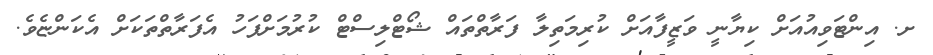
ށ. އިންޓަވިއުއަށް ކިޔާނީ ވަޒީފާއަށް ކުރިމަތިލާ ފަރާތްތައް ޝޯޓްލިސްޓް ކުރުމަށްފަހު އެފަރާތްތަކަށް އެކަންޏެވެ.